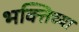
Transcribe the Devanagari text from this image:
भक्तिच्या